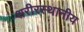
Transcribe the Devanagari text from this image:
शरीरस्थानीय